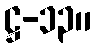
ဋ္ဌ-၁၃။